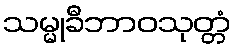
သမ္မုခီဘာဝသုတ္တံ